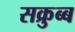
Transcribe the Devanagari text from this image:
सक्रुब्ब